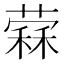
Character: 𦼖